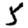
Digit: 5